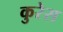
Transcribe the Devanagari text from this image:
कुरेस